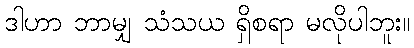
ဒါဟာ ဘာမျှ သံသယ ရှိစရာ မလိုပါဘူး။